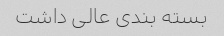
بسته بندی عالی داشت